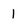
Character: l